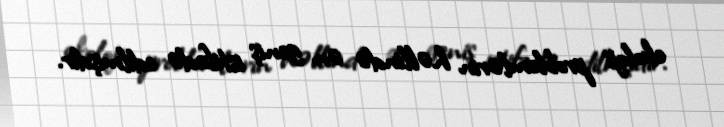
ekoloji problemlərin həllində ən geniş istifadə edilmişdir.